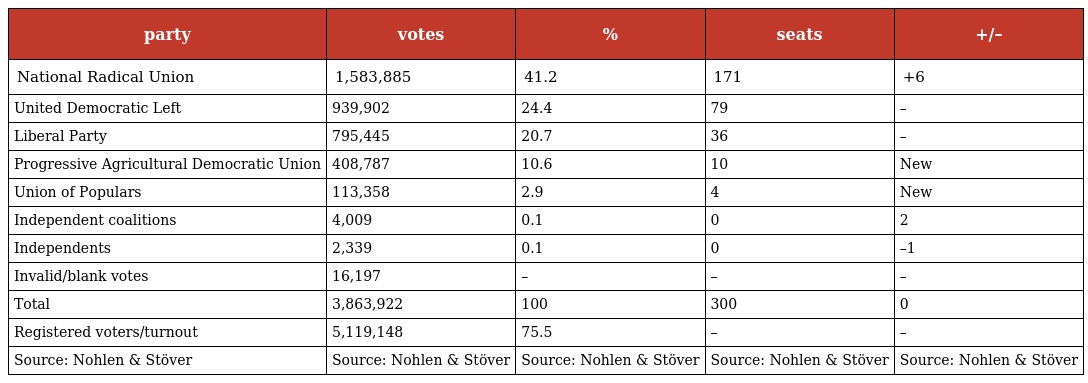
| party | votes | % | seats | +/– |
 | --- | --- | --- | --- | --- |
 | National Radical Union | 1,583,885 | 41.2 | 171 | +6 |
 | United Democratic Left | 939,902 | 24.4 | 79 | – |
 | Liberal Party | 795,445 | 20.7 | 36 | – |
 | Progressive Agricultural Democratic Union | 408,787 | 10.6 | 10 | New |
 | Union of Populars | 113,358 | 2.9 | 4 | New |
 | Independent coalitions | 4,009 | 0.1 | 0 | 2 |
 | Independents | 2,339 | 0.1 | 0 | –1 |
 | Invalid/blank votes | 16,197 | – | – | – |
 | Total | 3,863,922 | 100 | 300 | 0 |
 | Registered voters/turnout | 5,119,148 | 75.5 | – | – |
 | Source: Nohlen & Stöver | Source: Nohlen & Stöver | Source: Nohlen & Stöver | Source: Nohlen & Stöver | Source: Nohlen & Stöver |